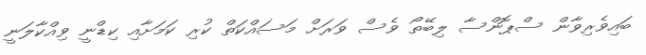
ބައިވެރިވާން ސްޕޮންސާ ލިބޭތޯ ވެސް ވަރަށް މަސައްކަތް ކުރި ކަމަށާއި ކިޑްނީ ވިއްކާލަނީ